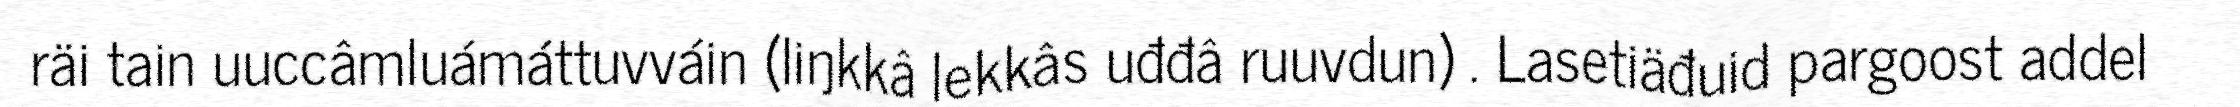
räi tain uuccâmluámáttuvváin (liŋkkâ lekkâs uđđâ ruuvdun) . Lasetiäđuid pargoost addel